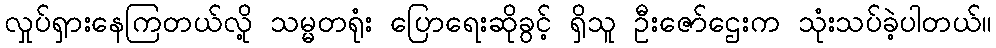
လှုပ်ရှားနေကြတယ်လို့ သမ္မတရုံး ပြောရေးဆိုခွင့် ရှိသူ ဦးဇော်ဌေးက သုံးသပ်ခဲ့ပါတယ်။